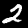
Digit: 2